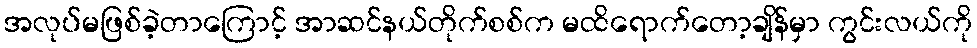
အလုပ်မဖြစ်ခဲ့တာကြောင့် အာဆင်နယ်တိုက်စစ်က မထိရောက်တော့ချိန်မှာ ကွင်းလယ်ကို